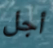
أجل